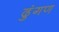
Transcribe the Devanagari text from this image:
ढुंगण